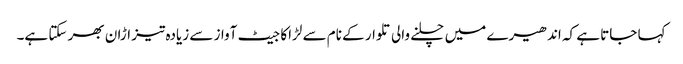
کہا جاتا ہے کہ اندھیرے میں چلنے والی تلوار کے نام سے لڑاکا جیٹ آواز سے زیادہ تیز اڑان بھر سکتا ہے۔